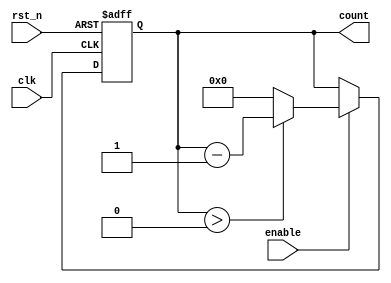
module binary_down_counter (
    input wire clk,          // Clock input
    input wire rst_n,       // Asynchronous active-low reset
    input wire enable,      // Count enable input
    output reg [N-1:0] count // Current count output
);
    parameter N = 4; // Number of bits for the counter (adjust as needed)

    // Initial value for the counter
    reg [N-1:0] max_count = N'b1111; // Change this to set the maximum count value

    always @(posedge clk or negedge rst_n) begin
        if (!rst_n) begin
            count <= max_count; // Reset to maximum count value
        end else if (enable) begin
            if (count > 0) begin
                count <= count - 1; // Decrement the count
            end else begin
                count <= 0; // Prevent going below zero
            end
        end
    end
endmodule